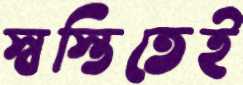
স্বস্তিতেই